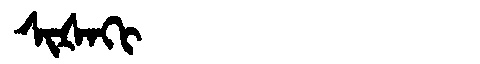
Manchu: ᠰᡳᡧᠠᡴᡳ
Romanization: SIŠAKI